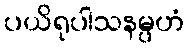
ပယိရုပါသနမ္ပဟံ